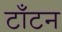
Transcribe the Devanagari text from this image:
टाँटन